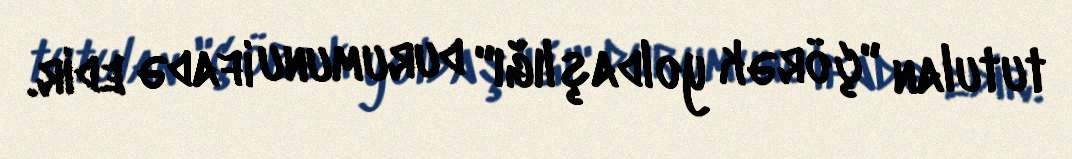
tutulan "çörək yoldaşlığı" durumunu ifadə edir.